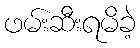
ဖမ်းဆီးရမိခဲ့